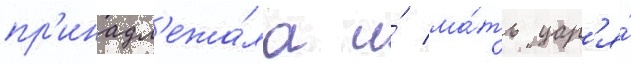
пр'инадл'ежа́ла и́ ма́ть цар'я́